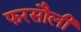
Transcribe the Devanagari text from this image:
फरसौली